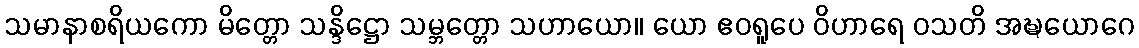
သမာနာစရိယကော မိတ္တော သန္ဒိဋ္ဌော သမ္ဘတ္တော သဟာယော။ ယော ဧဝရူပေ ဝိဟာရေ ဝသတိ အဍ္ဎယောဂေ